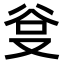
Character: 𭆮